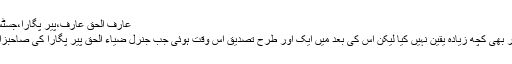
عارف الحق عارف،پیر پگارا،جسٹس (ریٹائر) وجیہ الدین اور الحاج شمیم الدین
سچی بات ہے کہ میں نے اس کہانی پر پھر بھی کچھ زیادہ یقین نہیں کیا لیکن اس کی بعد میں ایک اور طرح تصدیق اس وقت ہوئی جب جنرل ضیاء الحق پیر پگارا کی صاحبزادی کی شادی میں کنگری ہاؤس آئے تھے۔